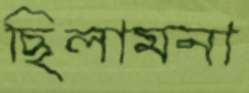
ছিলামনা